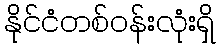
နိုင်ငံတစ်ဝန်းလုံးရှိ